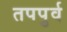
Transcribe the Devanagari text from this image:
तपपुर्व